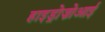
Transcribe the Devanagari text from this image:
हाइड्रोज़ोआई